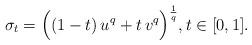
LaTeX: \begin{align*}\sigma_t=\Big((1-t)\, u^q+t\, v^q\Big)^\frac{1}{q},t\in[0,1].\end{align*}